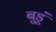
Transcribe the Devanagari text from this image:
बुडूं